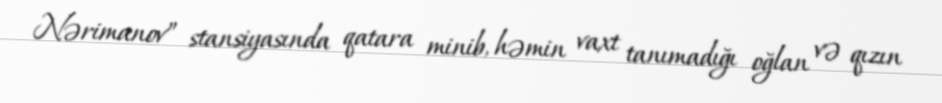
Nərimanov” stansiyasında qatara minib, həmin vaxt tanımadığı oğlan və qızın